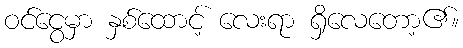
ဝင်ငွေမှာ နှစ်ထောင့် လေးရာ ရှိလေတော့၏။